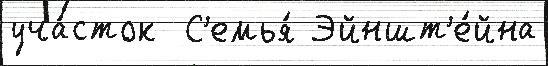
уча́сток  С'емья́ Эйншт'е́йна